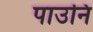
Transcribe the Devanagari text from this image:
पाउनि